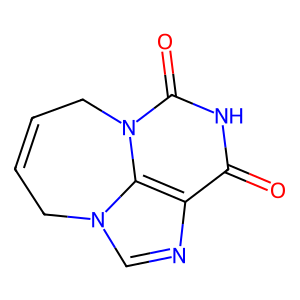
SMILES: O=c1[nH]c(=O)n2c3c1ncn3CC=CC2
Inhibits HIV replication: No